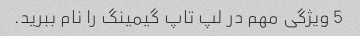
5 ویژگی مهم در لپ تاپ گیمینگ را نام ببرید.